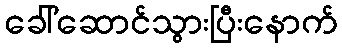
ခေါ်ဆောင်သွားပြီးနောက်